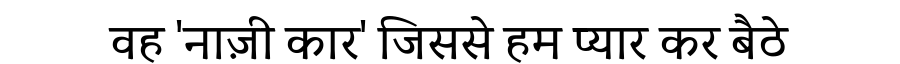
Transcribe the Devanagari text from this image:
वह 'नाज़ी कार' जिससे हम प्यार कर बैठे